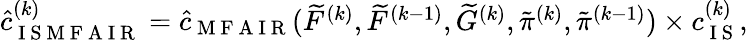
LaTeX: \begin{array}{r}{\hat{c}_{\mathrm{~I~S~M~F~A~I~R~}}^{(k)}=\hat{c}_{\mathrm{~M~F~A~I~R~}}(\widetilde{F}^{(k)},\widetilde{F}^{(k-1)},\widetilde{G}^{(k)},\tilde{\pi}^{(k)},\tilde{\pi}^{(k-1)})\times c_{\mathrm{~I~S~}}^{(k)},}\end{array}